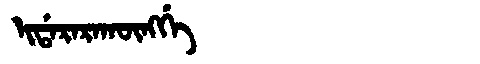
Manchu: ᡳᡩᠠᡵᠠᡵᠠᡴᡡᠩᡤᡝ
Romanization: IDARARAKŪNGGE